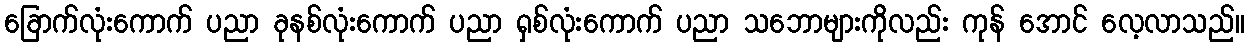
ခြောက်လုံးကောက် ပညာ ခုနစ်လုံးကောက် ပညာ ရှစ်လုံးကောက် ပညာ သဘောများကိုလည်း ကုန် အောင် လေ့လာသည်။